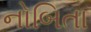
નોબિતા